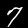
Digit: 7